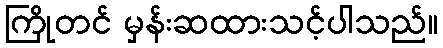
ကြိုတင် မှန်းဆထားသင့်ပါသည်။